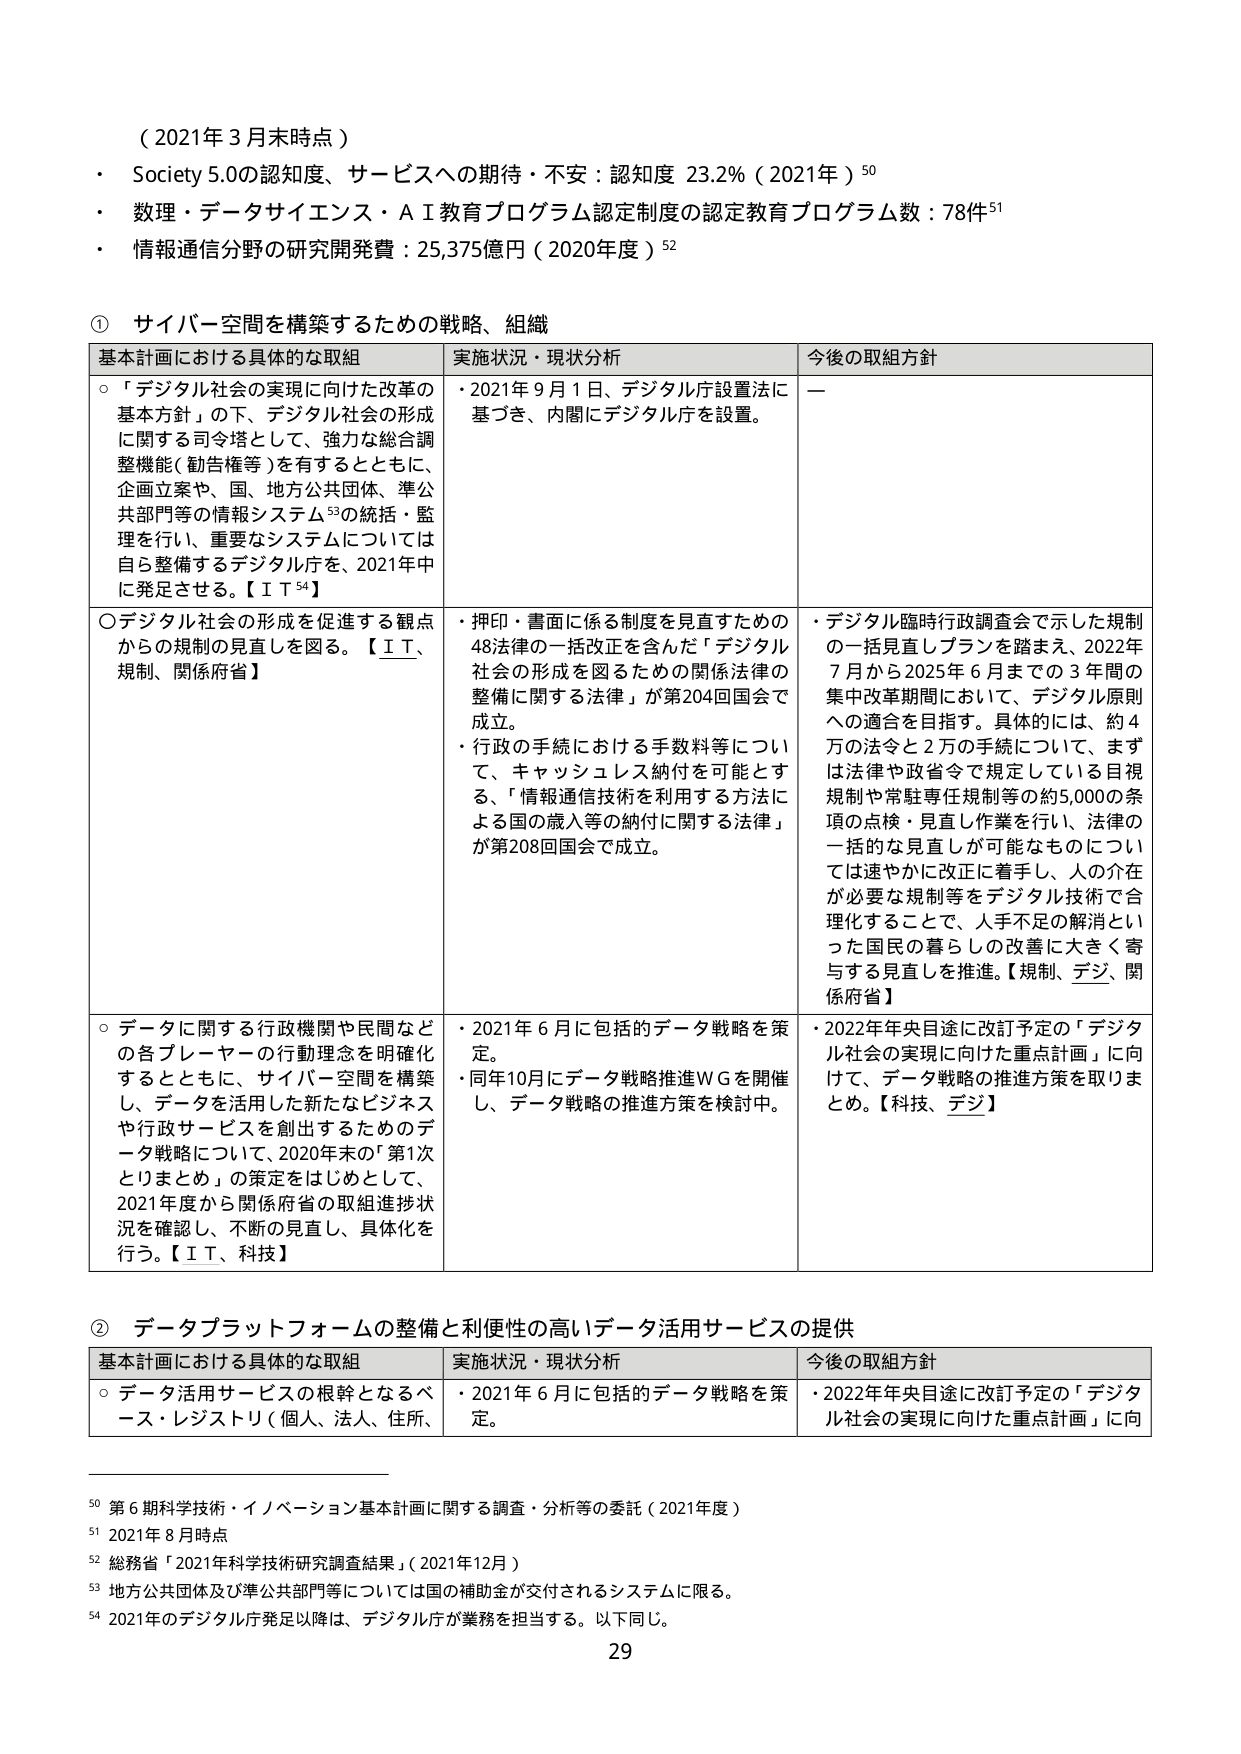
（2021年3月末時点）
・ Society 5.0の認知度、サービスへの期待・不安：認知度 23.2%（2021年）⁵⁰
・ 数理・データサイエンス・ＡＩ教育プログラム認定制度の認定教育プログラム数：78件⁵¹
・ 情報通信分野の研究開発費：25,375億円（2020年度）⁵²

① サイバー空間を構築するための戦略、組織

基本計画における具体的な取組 実施状況・現状分析 今後の取組方針
○「デジタル社会の実現に向けた改革の基本方針」の下、デジタル社会の形成に関する司令塔として、強力な総合調整機能（勧告権等）を有するとともに、企画立案や、国、地方公共団体、準公共部門等の情報システム⁵³の統括・監理を行い、重要なシステムについては自ら整備するデジタル庁を、2021年中に発足させる。【ＩＴ⁵⁴】
・2021年9月1日、デジタル庁設置法に基づき、内閣にデジタル庁を設置。
ー
○デジタル社会の形成を促進する観点からの規制の見直しを図る。【ＩＴ、規制、関係府省】
・押印・書面に係る制度を見直すための48法律の一括改正を含んだ「デジタル社会の形成を図るための関係法律の整備に関する法律」が第204回国会で成立。
・行政の手続における手数料等について、キャッシュレス納付を可能とする、「情報通信技術を利用する方法による国の歳入等の納付に関する法律」が第208回国会で成立。
・デジタル臨時行政調査会で示した規制の一括見直しプランを踏まえ、2022年7月から2025年6月までの3年間の集中改革期間において、デジタル原則への適合を目指す。具体的には、約4万の法令と2万の手続について、まずは法律や政省令で規定している目視規制や常駐専任規制等の約5,000の条項の点検・見直し作業を行い、法律の一括的な見直しが可能なものについては速やかに改正に着手し、人の介在が必要な規制等をデジタル技術で合理化することで、人手不足の解消といった国民の暮らしの改善に大きく寄与する見直しを推進。【規制、デジ、関係府省】
○データに関する行政機関や民間などの各プレーヤーの行動理念を明確化するとともに、サイバー空間を構築し、データを活用した新たなビジネスや行政サービスを創出するためのデータ戦略について、2020年末の「第1次とりまとめ」の策定をはじめとして、2021年度から関係府省の取組進捗状況を確認し、不断の見直し、具体化を行う。【ＩＴ、科技】
・2021年6月に包括的データ戦略を策定。
・同年10月にデータ戦略推進ＷＧを開催し、データ戦略の推進方策を検討中。
・2022年年央目途に改訂予定の「デジタル社会の実現に向けた重点計画」に向けて、データ戦略の推進方策を取りまとめ。【科技、デジ】

② データプラットフォームの整備と利便性の高いデータ活用サービスの提供

基本計画における具体的な取組 実施状況・現状分析 今後の取組方針
○データ活用サービスの根幹となるベース・レジストリ（個人、法人、住所、
・2021年6月に包括的データ戦略を策定。
・2022年年央目途に改訂予定の「デジタル社会の実現に向けた重点計画」に向

⁵⁰ 第6期科学技術・イノベーション基本計画に関する調査・分析等の委託（2021年度）
⁵¹ 2021年8月時点
⁵² 総務省「2021年科学技術研究調査結果」（2021年12月）
⁵³ 地方公共団体及び準公共部門等については国の補助金が交付されるシステムに限る。
⁵⁴ 2021年のデジタル庁発足以降は、デジタル庁が業務を担当する。以下同じ。

29